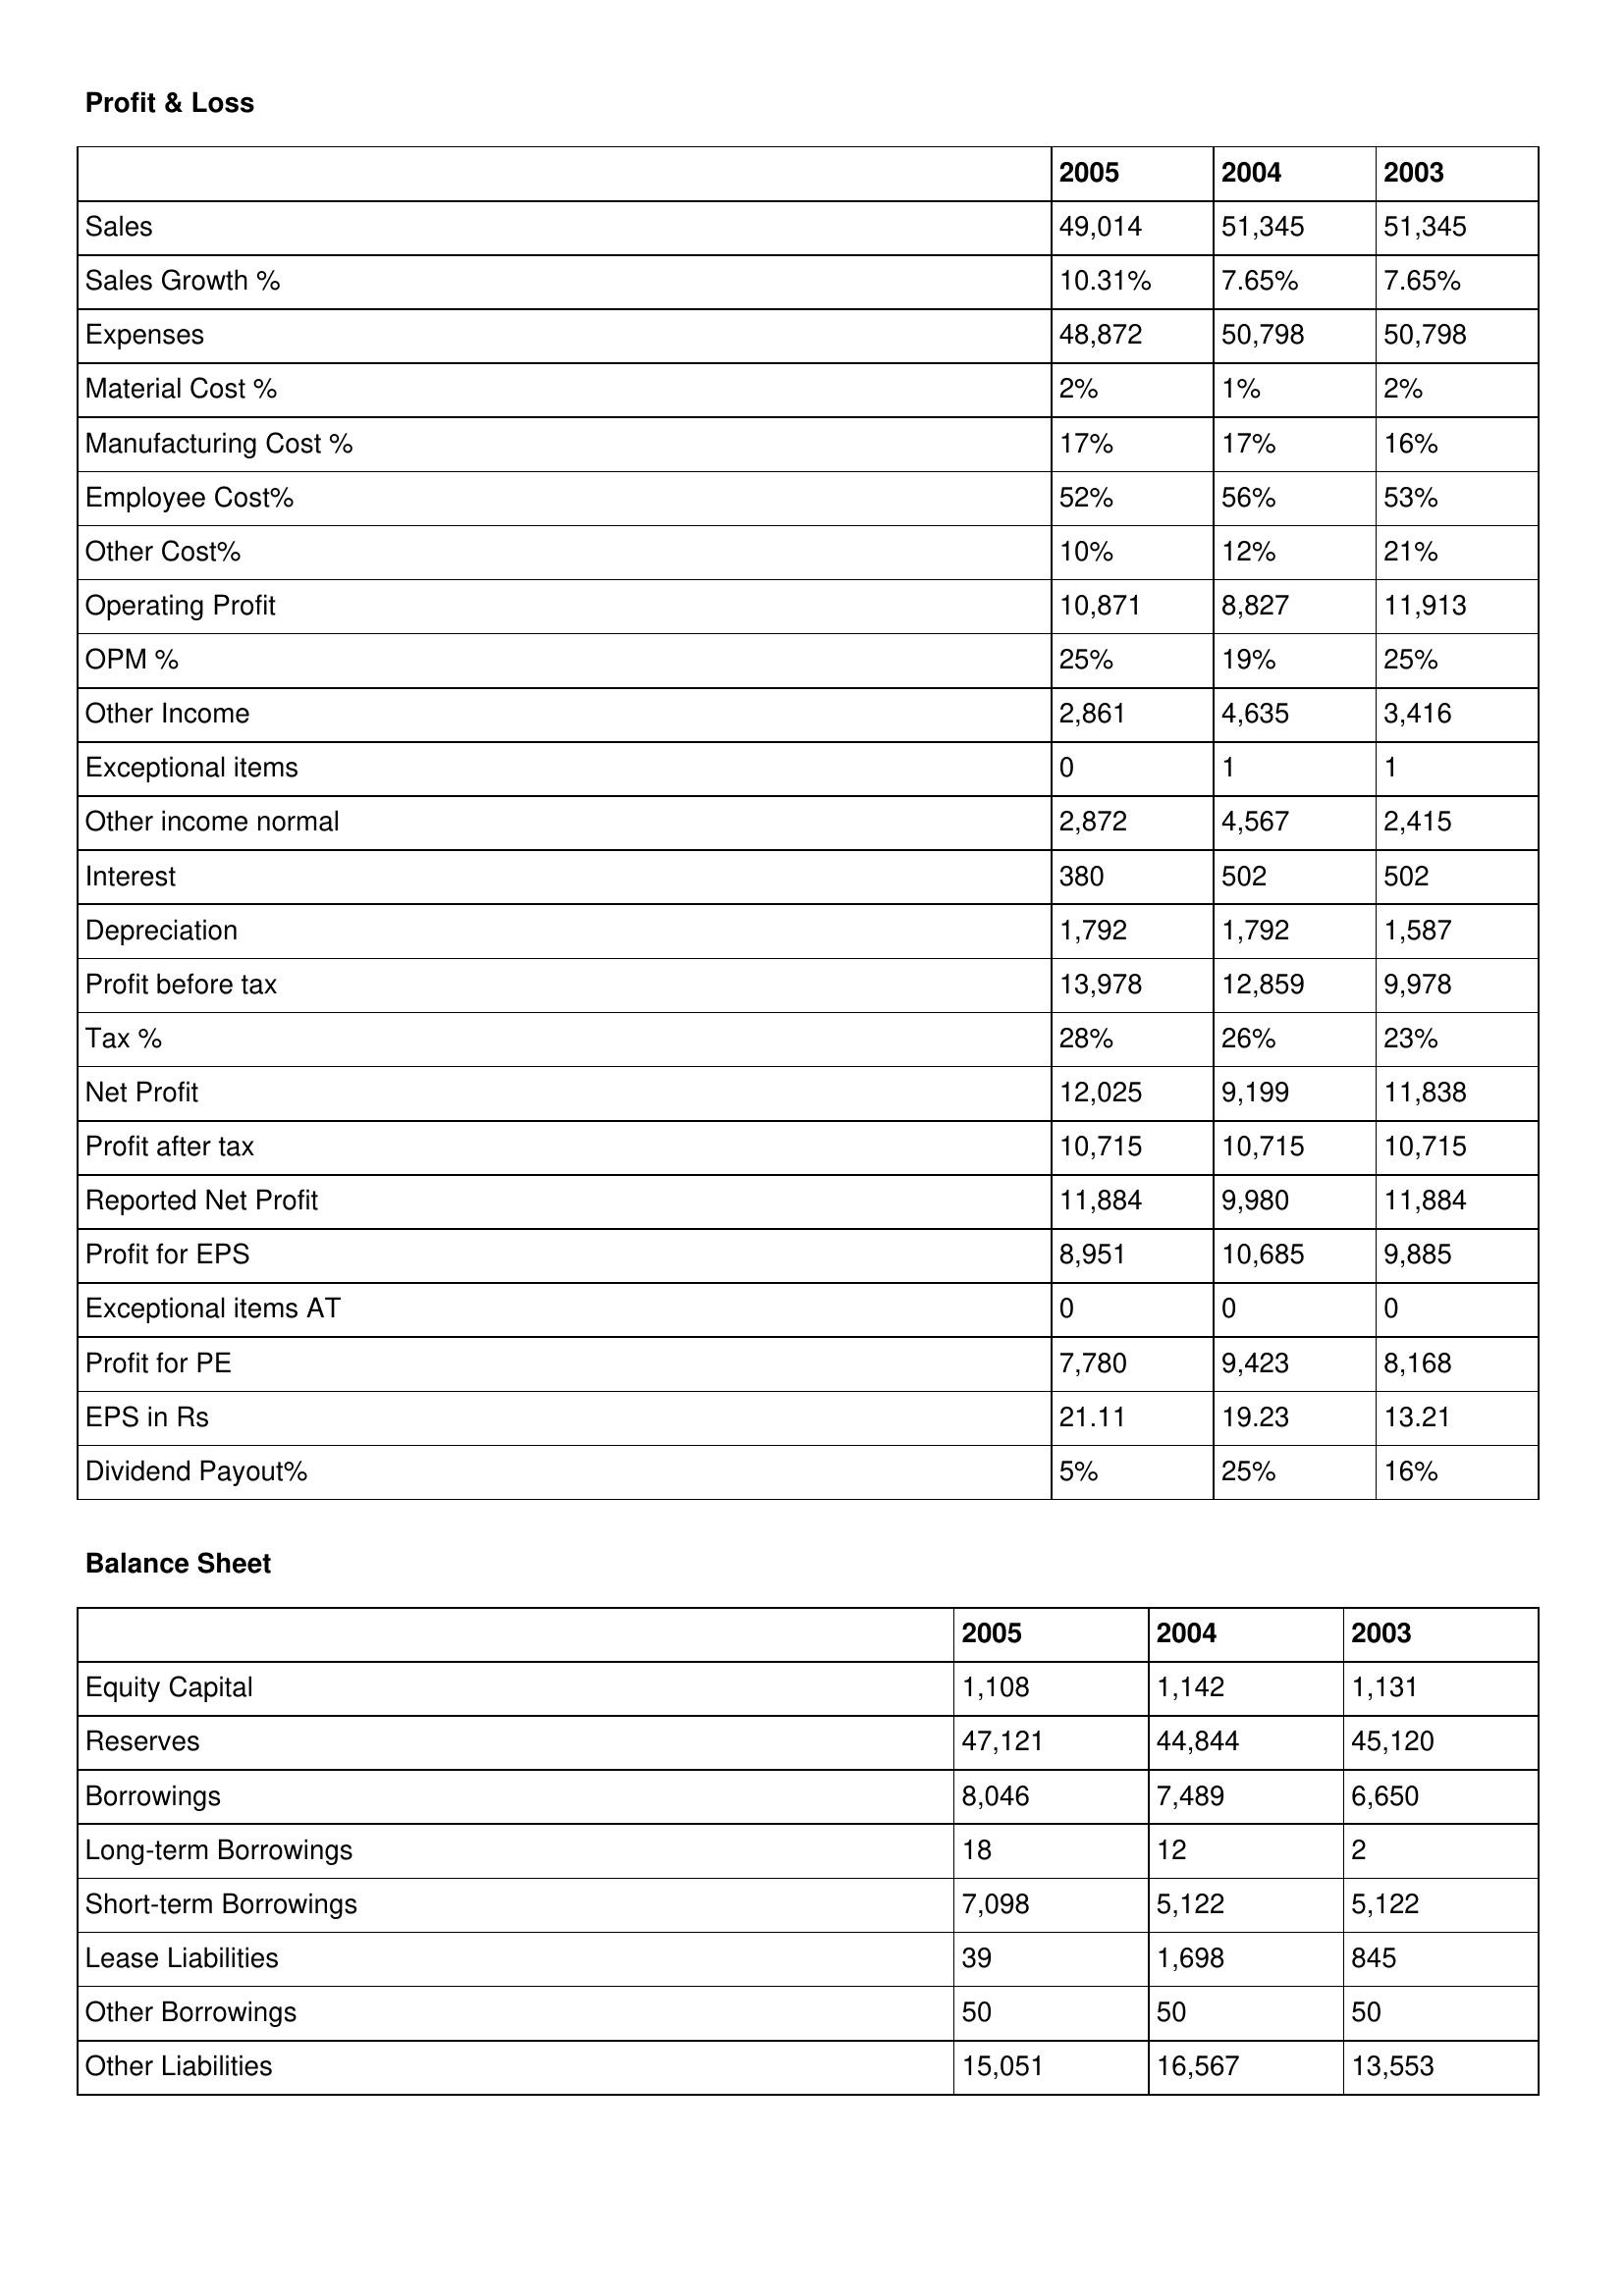
gt_parse: 2005: Profit & Loss: Sales: 49,014
Sales Growth %: 10.31%
Expenses: 48,872
Material Cost %: 2%
Manufacturing Cost %: 17%
Employee Cost%: 52%
Other Cost%: 10%
Operating Profit: 10,871
OPM %: 25%
Other Income: 2,861
Exceptional items: 0
Other income normal: 2,872
Interest: 380
Depreciation: 1,792
Profit before tax: 13,978
Tax %: 28%
Net Profit: 12,025
Profit after tax: 10,715
Reported Net Profit: 11,884
Profit for EPS: 8,951
Exceptional items AT: 0
Profit for PE: 7,780
EPS in Rs: 21.11
Dividend Payout%: 5%
Balance Sheet: Equity Capital: 1,108
Reserves: 47,121
Borrowings: 8,046
Long-term Borrowings: 18
Short-term Borrowings: 7,098
Lease Liabilities: 39
Other Borrowings: 50
Other Liabilities: 15,051
2004: Profit & Loss: Sales: 51,345
Sales Growth %: 7.65%
Expenses: 50,798
Material Cost %: 1%
Manufacturing Cost %: 17%
Employee Cost%: 56%
Other Cost%: 12%
Operating Profit: 8,827
OPM %: 19%
Other Income: 4,635
Exceptional items: 1
Other income normal: 4,567
Interest: 502
Depreciation: 1,792
Profit before tax: 12,859
Tax %: 26%
Net Profit: 9,199
Profit after tax: 10,715
Reported Net Profit: 9,980
Profit for EPS: 10,685
Exceptional items AT: 0
Profit for PE: 9,423
EPS in Rs: 19.23
Dividend Payout%: 25%
Balance Sheet: Equity Capital: 1,142
Reserves: 44,844
Borrowings: 7,489
Long-term Borrowings: 12
Short-term Borrowings: 5,122
Lease Liabilities: 1,698
Other Borrowings: 50
Other Liabilities: 16,567
2003: Profit & Loss: Sales: 51,345
Sales Growth %: 7.65%
Expenses: 50,798
Material Cost %: 2%
Manufacturing Cost %: 16%
Employee Cost%: 53%
Other Cost%: 21%
Operating Profit: 11,913
OPM %: 25%
Other Income: 3,416
Exceptional items: 1
Other income normal: 2,415
Interest: 502
Depreciation: 1,587
Profit before tax: 9,978
Tax %: 23%
Net Profit: 11,838
Profit after tax: 10,715
Reported Net Profit: 11,884
Profit for EPS: 9,885
Exceptional items AT: 0
Profit for PE: 8,168
EPS in Rs: 13.21
Dividend Payout%: 16%
Balance Sheet: Equity Capital: 1,131
Reserves: 45,120
Borrowings: 6,650
Long-term Borrowings: 2
Short-term Borrowings: 5,122
Lease Liabilities: 845
Other Borrowings: 50
Other Liabilities: 13,553